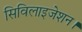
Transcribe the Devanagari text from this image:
सिविलाइजेशन।